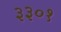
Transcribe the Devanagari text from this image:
३३०१